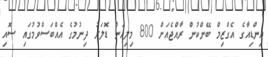
އިންޑިއާގެ އެގްޒިމް ބޭންކުން ރާއްޖެއަށް 800 މިލިއަން ޑޮލަރު ދިނުމުގެ އެއްބަސްވުމުގައި ސޮއި